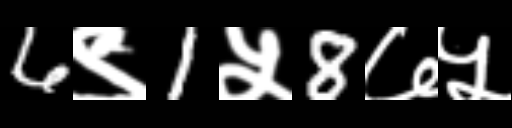
Text: 6९1५8७५